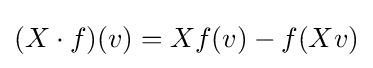
(X\cdot f)(v)=Xf(v)-f(Xv)